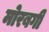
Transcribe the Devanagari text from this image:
मोरबगी